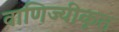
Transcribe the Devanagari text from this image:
वाणिज्यीकृत